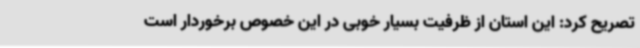
تصریح کرد: این استان از ظرفیت بسیار خوبی در این خصوص برخوردار است